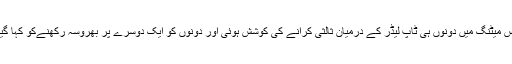
اس میٹنگ میں دونوں ہی ٹاپ لیڈر کے درمیان ثالثی کرانے کی کوشش ہوئی اور دونوں کو ایک دوسرے پر بھروسہ رکھنےکو کہا گیا۔